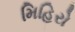
મિહિરો